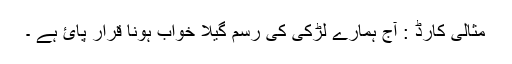
مثالی کارڈ : آج ہمارے لڑکی کی رسم گیلا خواب ہونا قرار پائ ہے ۔